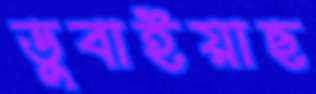
ডুবাইয়াছ